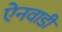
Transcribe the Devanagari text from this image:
ऐनवाडी